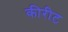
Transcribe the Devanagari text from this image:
कीरीट